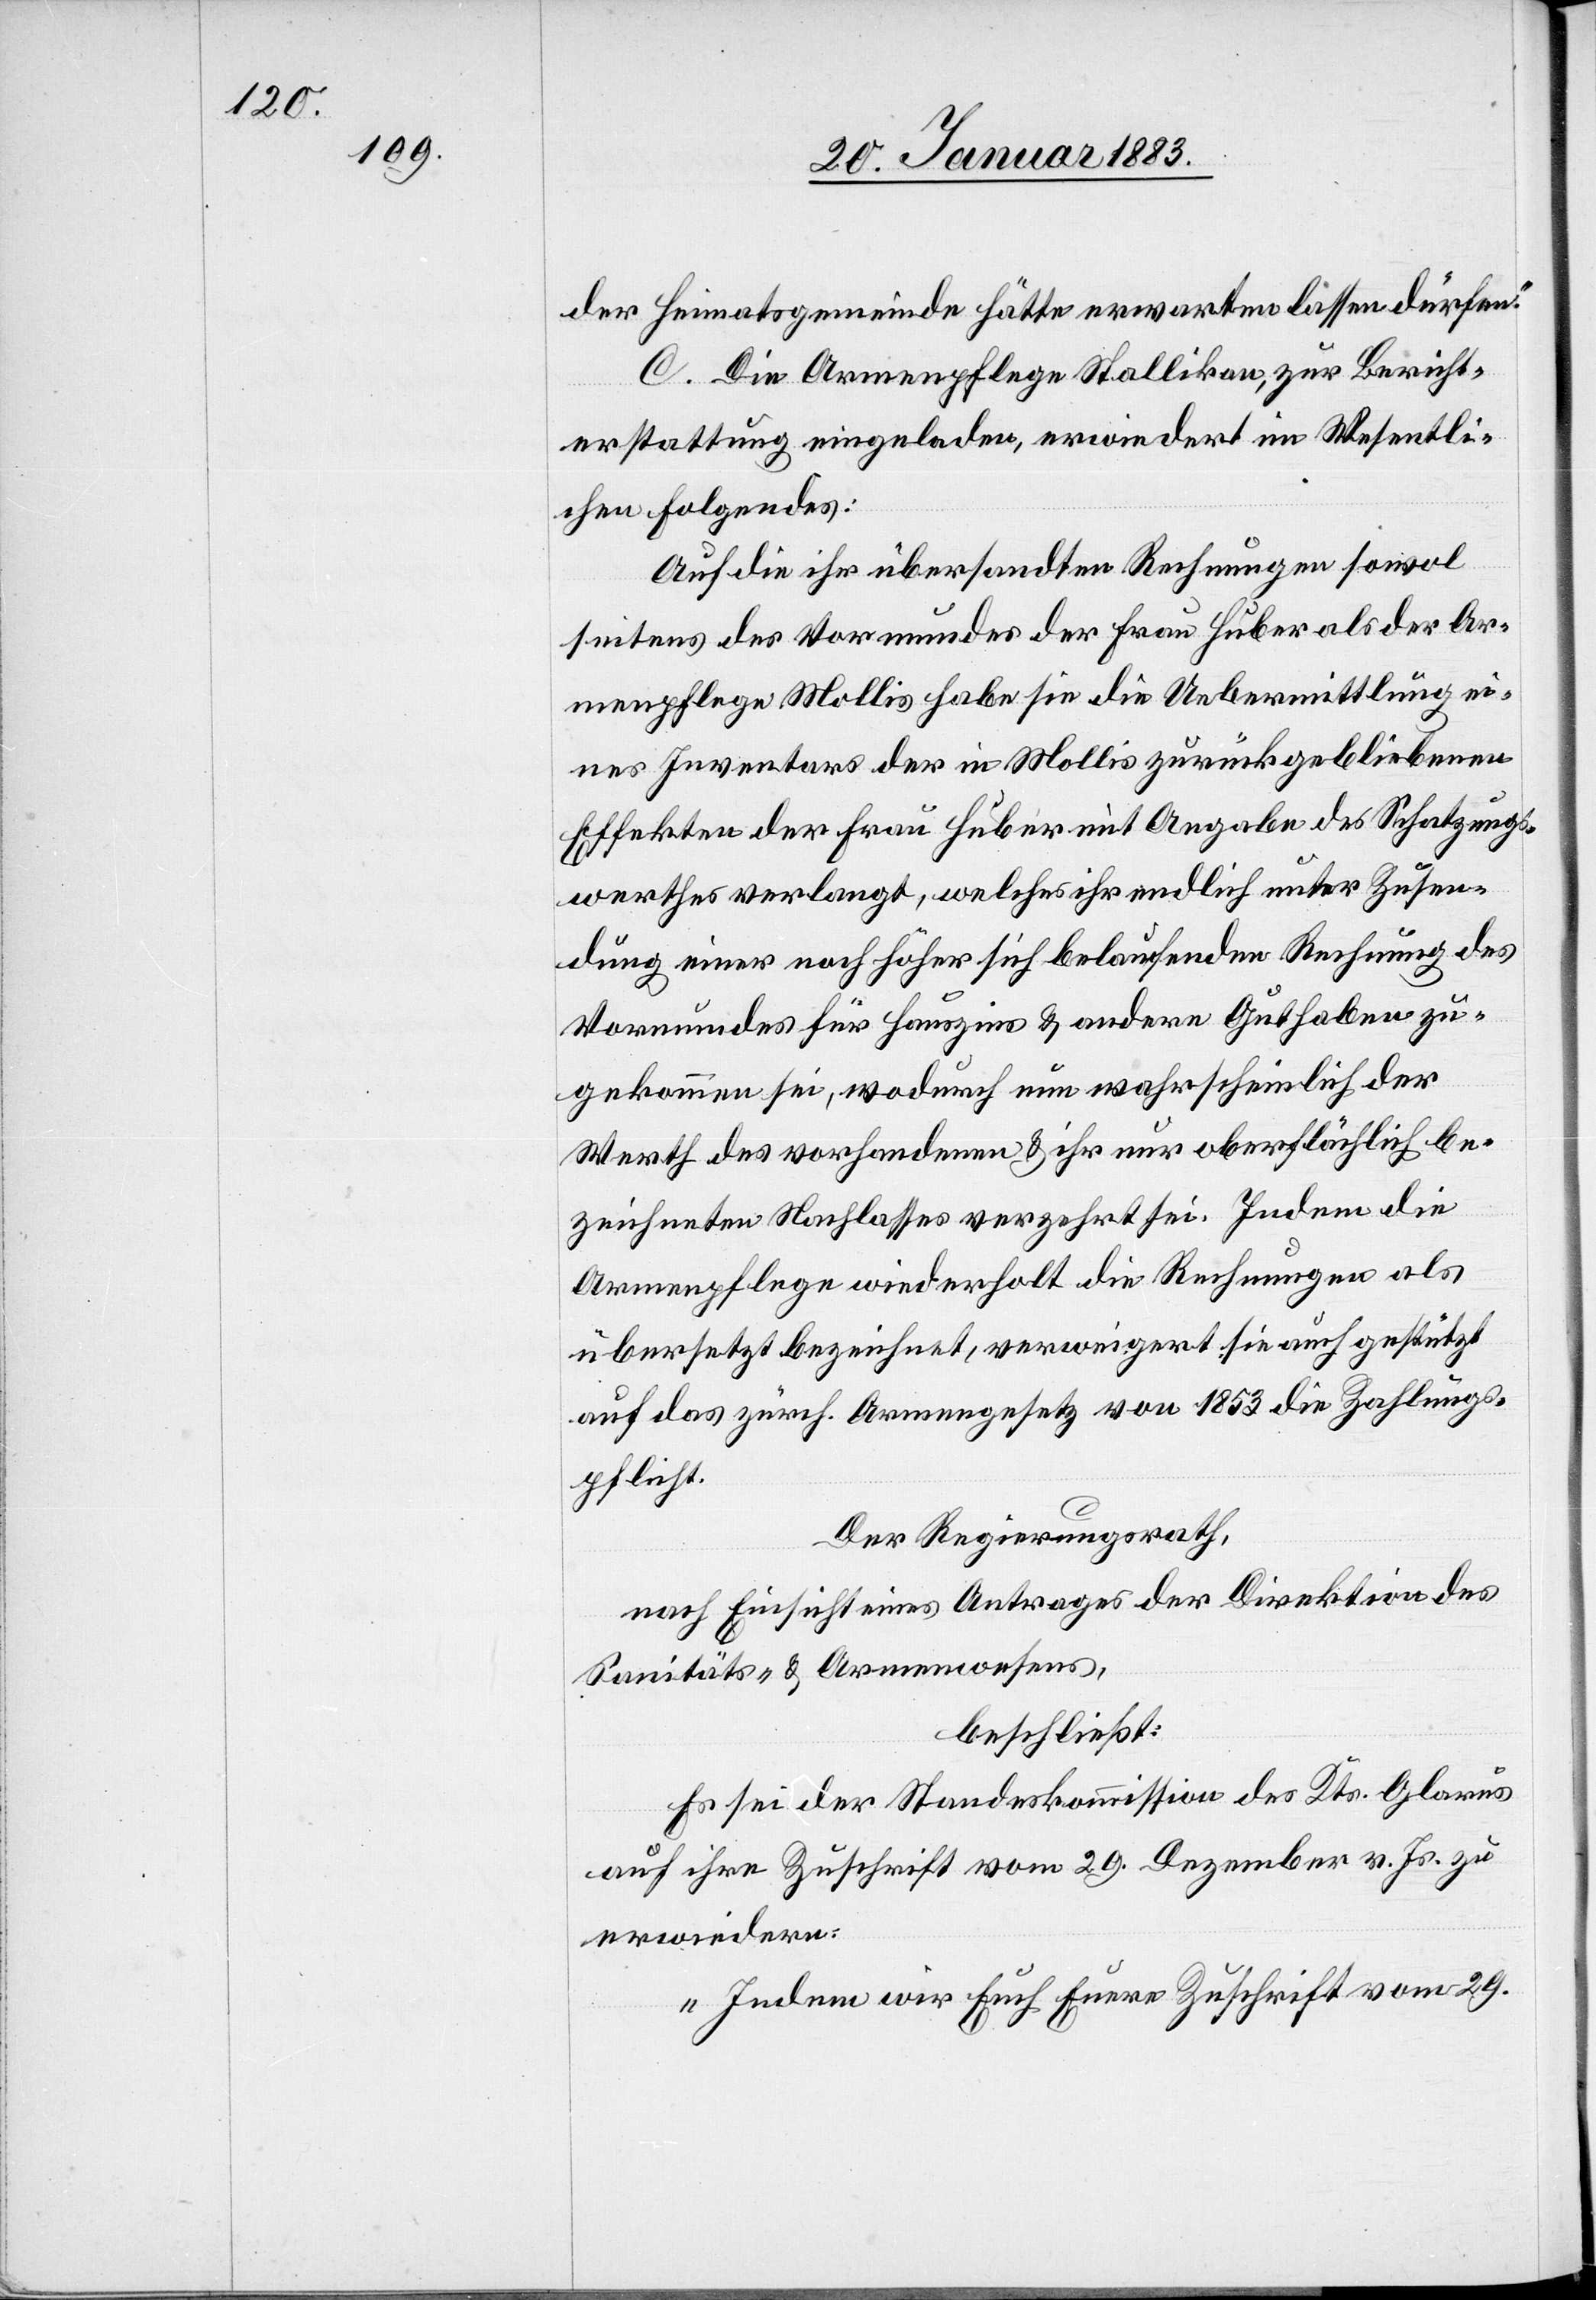
der Heimatsgemeinde hätte erwarten lassen dürfen.“
C. Die Armenpflege Stallikon, zur Bericht¬
erstattung eingeladen, erwiedert im Wesentli¬
chen Folgendes:
Auf die ihr übersandten Rechnungen sowol
seitens des Vormundes der Frau Huber als der Ar¬
menpflege Mollis habe sie die Uebermittlung ei¬
nes Inventars der in Mollis zurückgebliebenen
Effekten der Frau Huber mit Angabe des Schatzungs¬
werthes verlangt, welches ihr endlich unter Zusen¬
dung einer noch höher sich belaufenden Rechnung des
Vormundes für Hauszins & andere Guthaben zu¬
gekommen sei, wodurch nun wahrscheinlich der
Werth des vorhandenen & ihr nur oberflächlich be¬
zeichneten Nachlasses verzehrt sei. Indem die
Armenpflege wiederholt die Rechnungen als
übersetzt bezeichnet, verweigert sie auch gestützt
auf das zürch. Armengesetz von 1853 die Zahlungs¬
pflicht.
Der Regierungsrath,
nach Einsicht eines Antrages der Direktion des
Sanitäts- & Armenwesens,
beschließt:
Es sei der Standeskommission des Kts. Glarus
auf ihre Zuschrift vom 29. Dezember v. Js. zu
erwiedern:
„Indem wir Euch Euere Zuschrift vom 29.